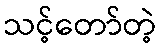
သင့်တော်တဲ့